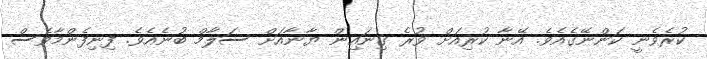
ކުރެވެނީ ކަންނޭގެއެވެ. އޭނާ ކުރިއަށް ވުރެ ގިނައިން ޔާނާއަށް ސަލާމް ބުނެއެވެ. ފިނިފެންމާވެސް